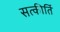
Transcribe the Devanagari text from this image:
सत्कीर्ति